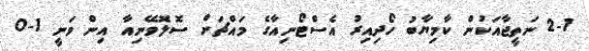
2-1 ނަތީޖާއަކުން ކާމިޔާބު ހޯދިއިރު އެސްޓޯނިއާގެ މައްޗަށް ސޮލޮވޭނިއާ އިން ވަނީ 1-0